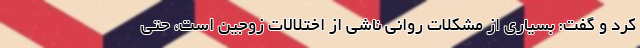
کرد و گفت: بسیاری از مشکلات روانی ناشی از اختلالات زوجین است، حتی